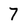
Character: 7